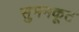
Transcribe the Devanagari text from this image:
सुमनकूट